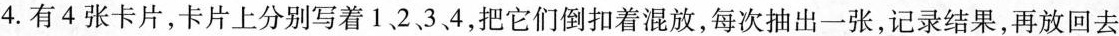
4.有4张卡片，卡片上分别写着1、2、3、4，把它们倒扣着混放，每次抽出一张，记录结果，再放回去